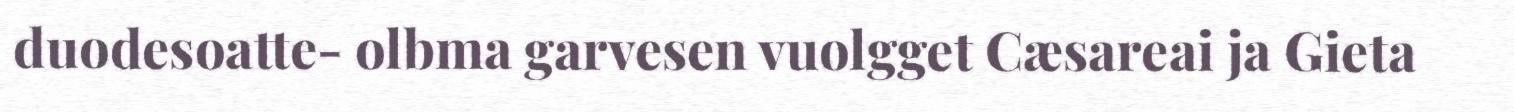
duodesoatte- olbma garvesen vuolgget Cæsareai ja Gieta